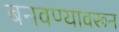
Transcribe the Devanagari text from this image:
बनवण्यावरून